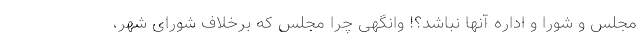
مجلس و شورا و اداره آنها نباشد؟! وانگهی چرا مجلس که برخلاف شورای شهر،